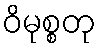
ဝိမုစ္စတု